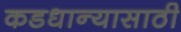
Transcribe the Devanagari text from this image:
कडधान्यासाठी